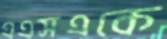
এএসএকে